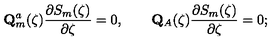
\mathbf { Q } _ { m } ^ { a } ( \zeta ) \frac { \partial S _ { m } ( \zeta ) } { \partial \zeta } = 0 , \qquad \mathbf { Q } _ { A } ( \zeta ) \frac { \partial S _ { m } ( \zeta ) } { \partial \zeta } = 0 ;